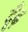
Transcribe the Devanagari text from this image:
दूँढ़